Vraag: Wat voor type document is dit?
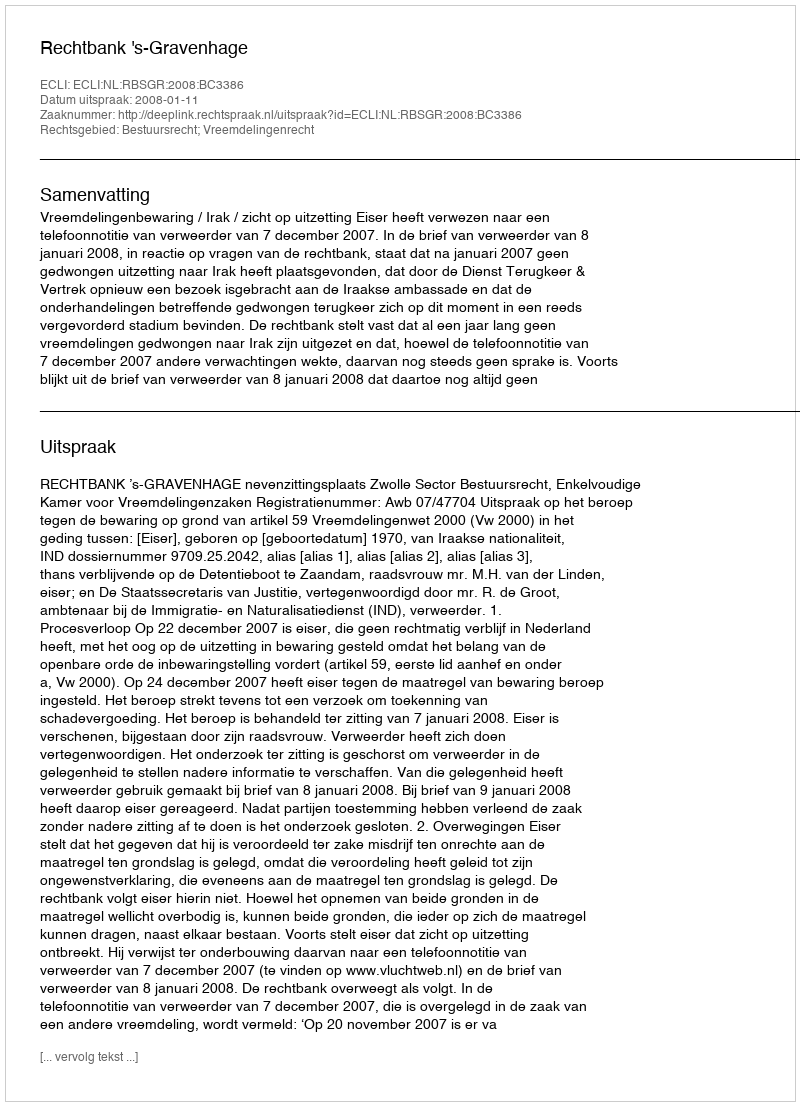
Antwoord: Uitspraak